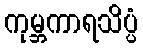
ကုမ္ဘကာရသိပ္ပံ